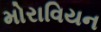
મોરાવિયન